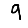
Digit: 9